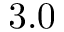
3 . 0